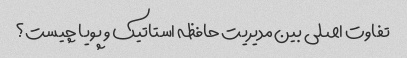
تفاوت اصلی بین مدیریت حافظه استاتیک و پویا چیست؟